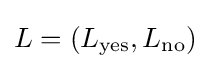
L=(L_{\text{yes}},L_{\text{no}})